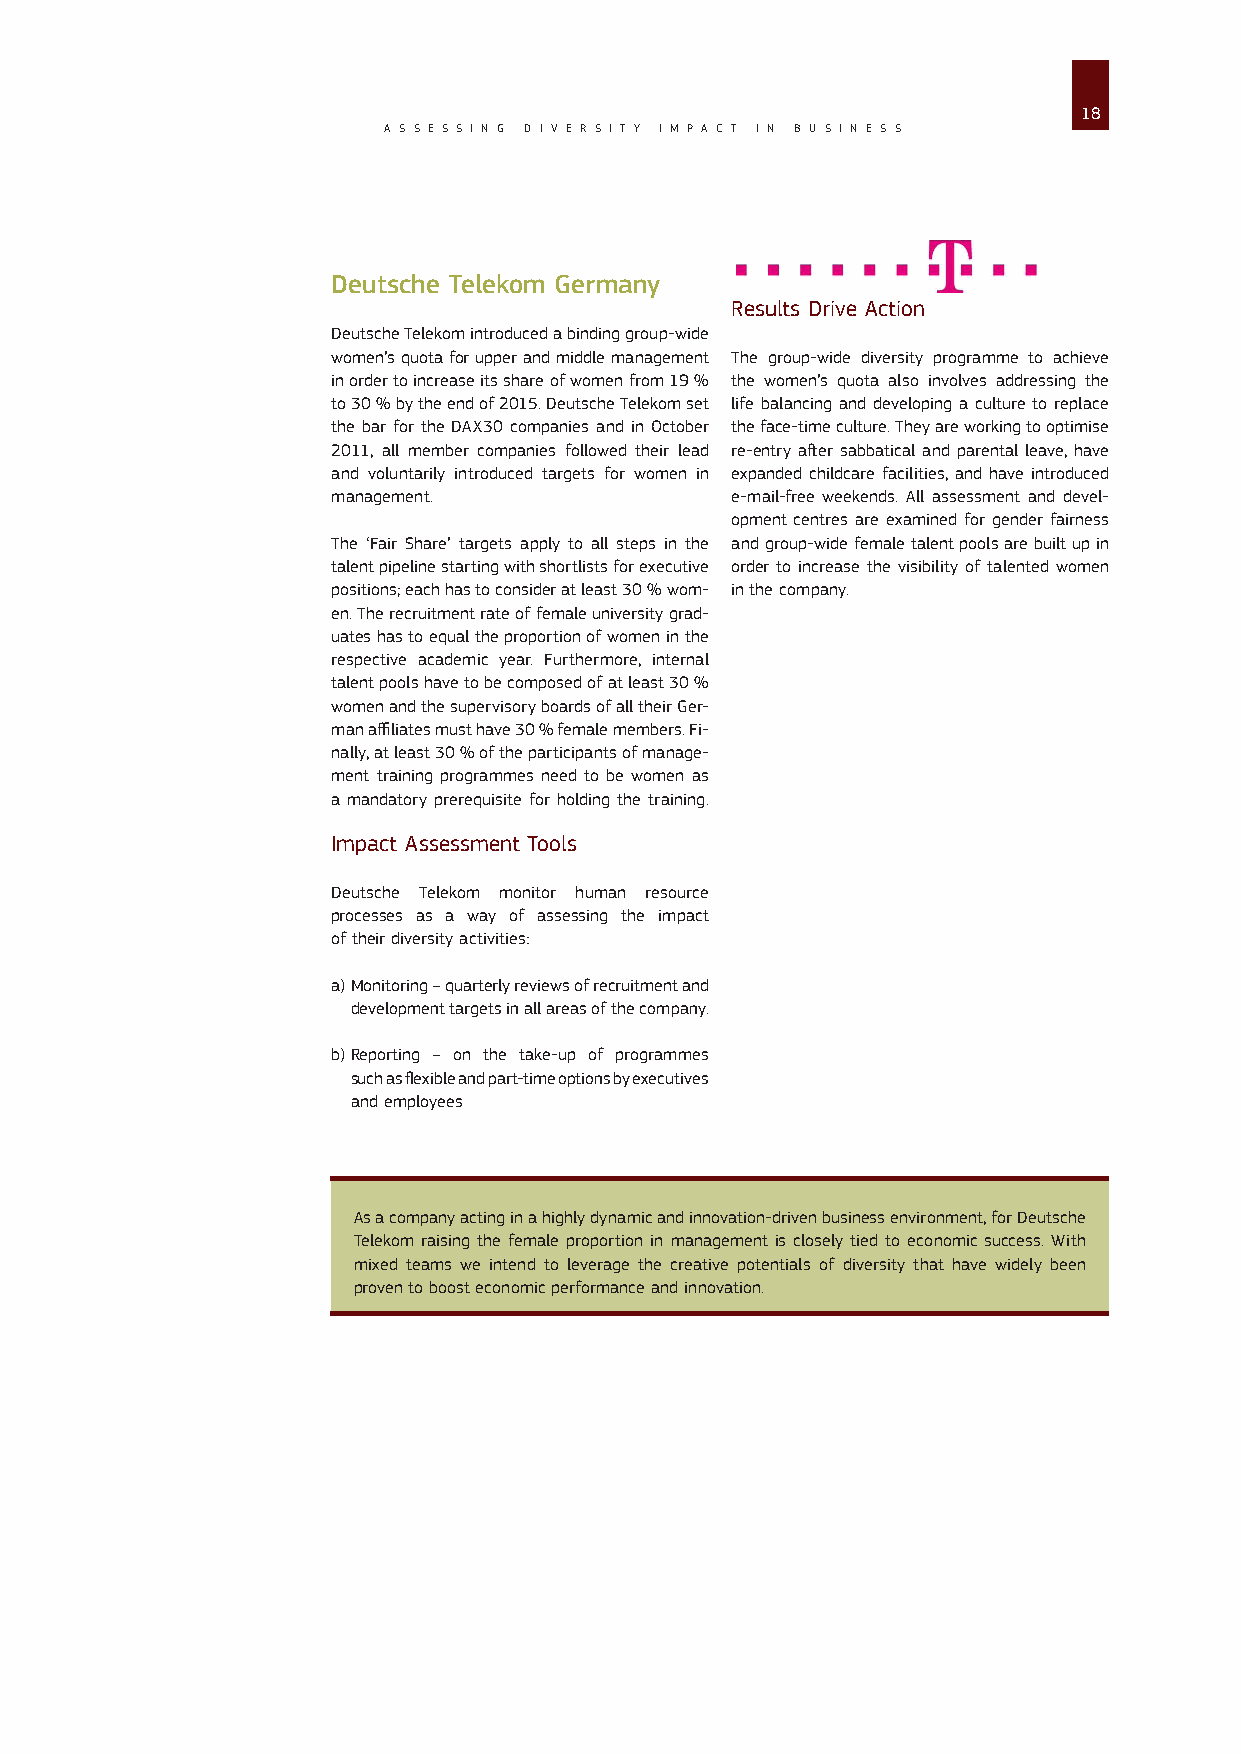
18
 A S S E S S I N G D I V E R S I T Y I M P A C T I N B U S I N E S S
 Deutsche Telekom Germany
 Results Drive Action
 Deutsche Telekom introduced a binding group-wide
 women’s quota for upper and middle management The group-wide diversity programme to achieve
 in order to increase its share of women from 19 % the women’s quota also involves addressing the
 to 30 % by the end of 2015. Deutsche Telekom set life balancing and developing a culture to replace
 the bar for the DAX30 companies and in October the face-time culture. They are working to optimise
 2011, all member companies followed their lead re-entry after sabbatical and parental leave, have
 and voluntarily introduced targets for women in expanded childcare facilities, and have introduced
 management.               e-mail-free weekends. All assessment and devel-
 opment centres are examined for gender fairness
 The ‘Fair Share’ targets apply to all steps in the and group-wide female talent pools are built up in
 talent pipeline starting with shortlists for executive order to increase the visibility of talented women
 positions; each has to consider at least 30 % wom- in the company.
 en. The recruitment rate of female university grad-
 uates has to equal the proportion of women in the
 respective academic year. Furthermore, internal
 talent pools have to be composed of at least 30 %
 women and the supervisory boards of all their Ger-
 man affiliates must have 30 % female members. Fi-
 nally, at least 30 % of the participants of manage-
 ment training programmes need to be women as
 a mandatory prerequisite for holding the training.
 Impact Assessment Tools
 Deutsche Telekom monitor human resource
 processes as a way of assessing the impact
 of their diversity activities:
 a) Monitoring – quarterly reviews of recruitment and
 development targets in all areas of the company.
 b) Reporting – on the take-up of programmes
 such as flexible and part-time options by executives
 and employees
 As a company acting in a highly dynamic and innovation-driven business environment, for Deutsche
 Telekom raising the female proportion in management is closely tied to economic success. With
 mixed teams we intend to leverage the creative potentials of diversity that have widely been
 proven to boost economic performance and innovation.